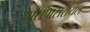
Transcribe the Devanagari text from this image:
आसपासरॉयल